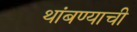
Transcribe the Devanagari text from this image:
थांबण्याची